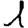
Digit: 1